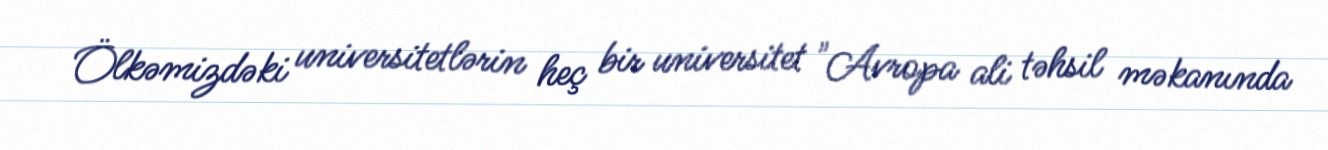
Ölkəmizdəki universitetlərin heç bir universitet "Avropa ali təhsil məkanında